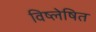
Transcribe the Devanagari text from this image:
विष्लेषित